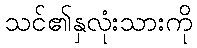
သင်၏နှလုံးသားကို